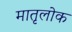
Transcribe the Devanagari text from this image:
मातृलोक